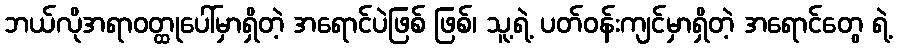
ဘယ်လိုအရာဝတ္ထုပေါ်မှာရှိတဲ့ အရောင်ပဲဖြစ် ဖြစ်၊ သူ့ရဲ့ ပတ်ဝန်းကျင်မှာရှိတဲ့ အရောင်တွေ ရဲ့